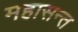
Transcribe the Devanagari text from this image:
महासन्त